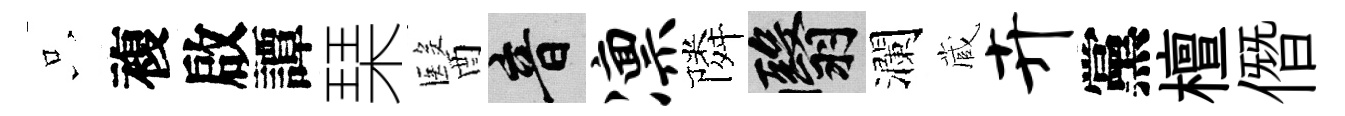
只複啟譚琹醫音凛隣翳瀾蔵卉黨檀僭